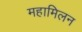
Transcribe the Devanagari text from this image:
महामिलन